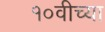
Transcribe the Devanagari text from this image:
१०वीच्या